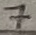
Text: 7